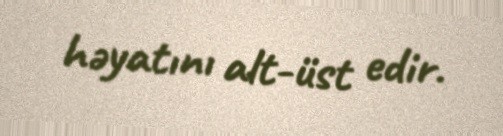
həyatını alt-üst edir.